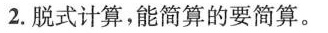
2.脱式计算，能简算的要简算。